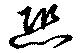
恐